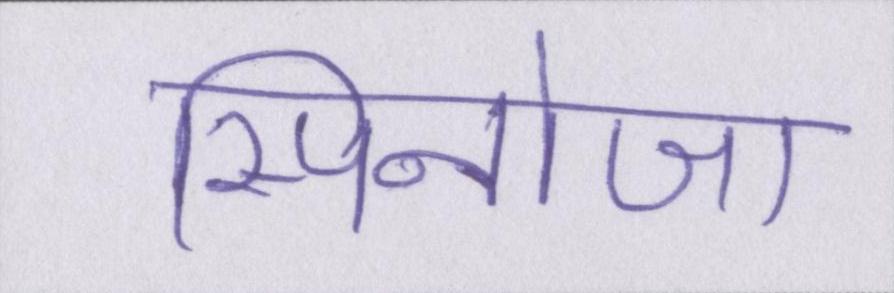
स्पिनोजा